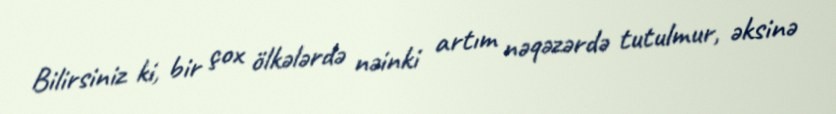
Bilirsiniz ki, bir çox ölkələrdə nəinki artım nəqəzərdə tutulmur, əksinə